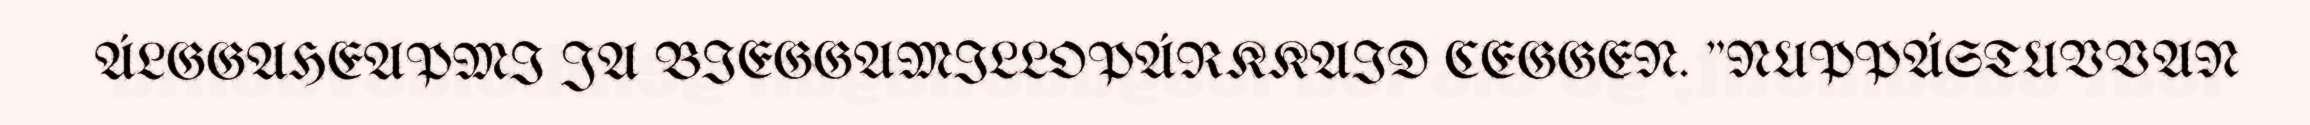
ÁLGGAHEAPMI JA BIEGGAMILLOPÁRKKAID CEGGEN. "NUPPÁSTUVVAN